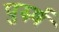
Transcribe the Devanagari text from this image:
पुरुर्ष